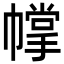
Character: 幥